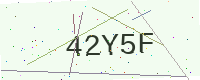
Text: 42Y5F